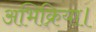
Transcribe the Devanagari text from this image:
अभिक्रिया।